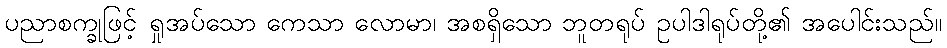
ပညာစက္ခုဖြင့် ရှုအပ်သော ကေသာ လောမာ၊ အစရှိသော ဘူတရုပ် ဥပါဒါရုပ်တို့၏ အပေါင်းသည်။